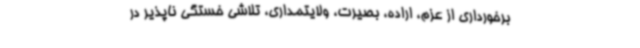
برخورداری از عزم، اراده، بصیرت، ولایتمداری، تلاشی خستگی ناپذیر در